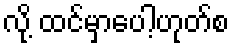
လို့ ထင်မှာပေါ့ဟုတ်စ